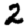
Digit: 2